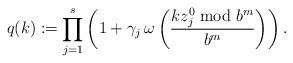
LaTeX: \begin{align*}q(k)&:=\prod_{j=1}^{s} \left(1 + \gamma_j \, \omega\left(\frac{k z_j^0 \bmod b^m}{b^m}\right) \right).\end{align*}